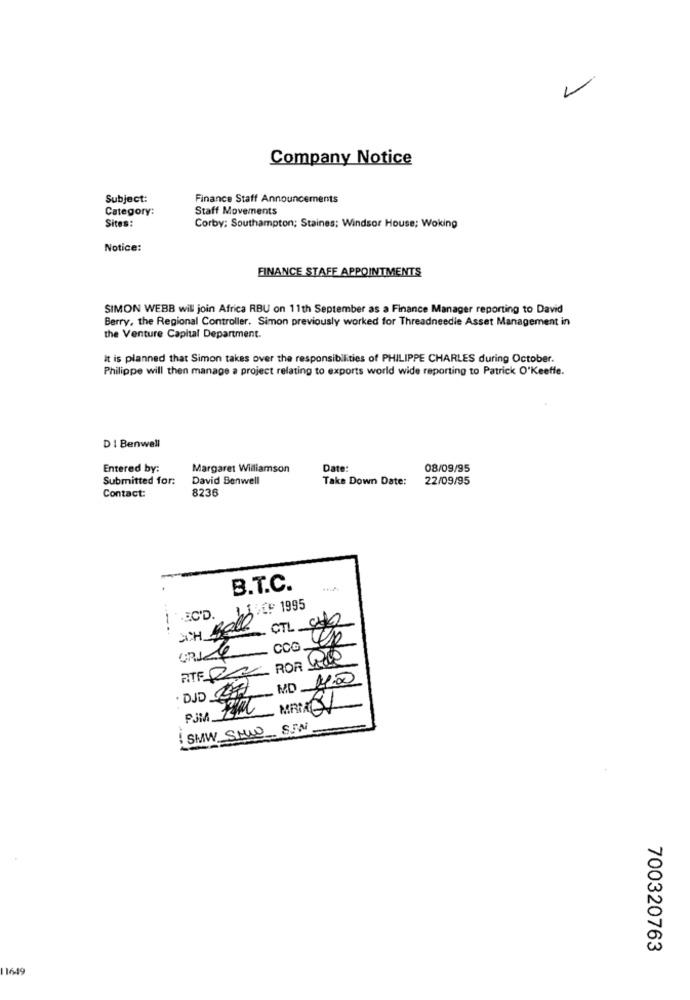
>
Company Notice
Subject:
Finance Staff Announcements
Category:
Staff Movements
Sites:
Corby: Southampton; Staines; Windsor House; Woking
Notice:
FINANCE STAFF APPOINTMENTS
SIMON WEBB will join Africa RBU on 11th September as a Finance Manager reporting to David
Berry, the Regional Controller. Simon previously worked for Threadneedle Asset Management in
the Venture Capital Department.
It is planned that Simon takes over the responsibilities of PHILIPPE CHARLES during October.
Philippe will then manage a project relating to exports world wide reporting to Patrick O'Keeffe.
DI Benwell
Entered by:
Margaret Williamson
Date:
08/09/95
Submitted for:
David Benwell
Take Down Date:
22/09/95
8236
Contact:
B.T.C.
SHEF 1995
1EC'D.
OTL 042
CCO YR
ROR RO
MD Não
·DJD 07
MRM 3
SMW _SMW
700320763
11649